Regulations for the medical services of the Army of India
Year: 1930
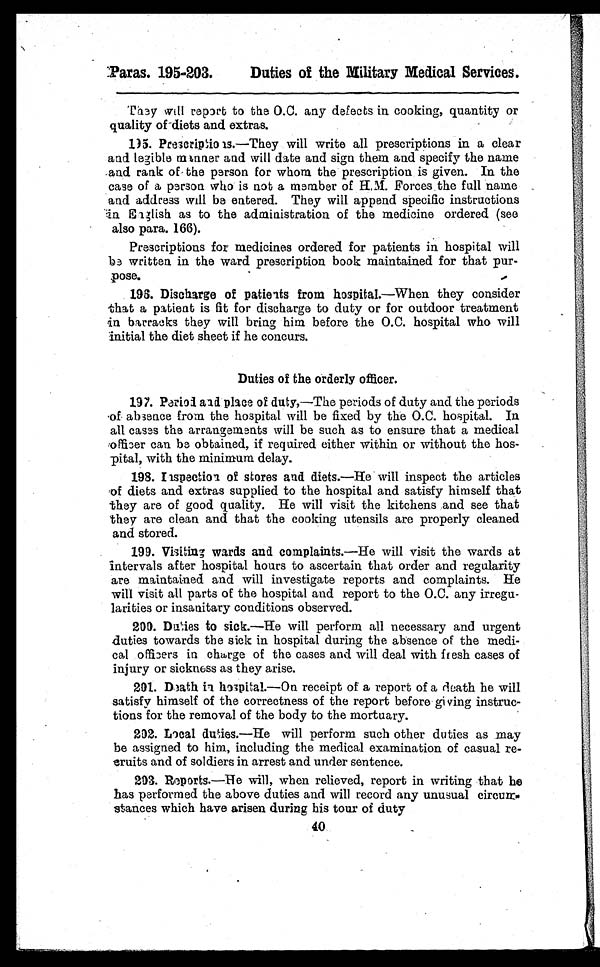
They will report to the O.C. any defects in cooking, quantity or
quality of diets and extras.
195. Prescriptions. —They will write all prescriptions in a clear
and legible manner and will date and sign them and specify the name
and rank of the person for whom the prescription is given. In the
case of a person who is not a member of H.M. Forces the full name
and address will be entered. They will append specific instructions
in English as to the administration of the medicine ordered (see
also para. 166).
Prescriptions for medicines ordered for patients in hospital will
be written in the ward prescription book maintained for that pur
-pose.
196. Discharge of patients from hospital.—When they consider
that a patient is fit for discharge to duty or for outdoor treatment
in barracks they will bring him before the O.C. hospital who will
initial the diet sheet if he concurs.
Duties of the orderly officer.
197. Period and place of duty,—The periods of duty and the periods
of absence from the hospital will be fixed by the O.C. hospital. In
all cases the arrangements will be such as to ensure that a medical
officer can be obtained, if required either within or without the hos
-pital, with the minimum delay.
198. Inspection of stores and diets. —He will inspect the articles
of diets and extras supplied to the hospital and satisfy himself that
they are of good quality. He will visit the kitchens and see that
they are clean and that the cooking utensils are properly cleaned
and stored.
199. Visiting wards and complaints. —He will visit the wards at
intervals after hospital hours to ascertain that order and regularity
are maintained and will investigate reports and complaints. He
will visit all parts of the hospital and report to the O.C. any irregu
-larities or insanitary conditions observed.
200. Duties to sick.—He will perform all necessary and urgent
duties towards the sick in hospital during the absence of the medi
-cal officers in charge of the cases and will deal with fresh cases of
injury or sickness as they arise.
201. Death in hospital.— O n r e c e i p t o f
a r e p o r t
o f a d e a t h h e w i l l
satisfy himself of the correctness of the report before giving instruc
-tions for the removal of the body to the mortuary.
202. Local duties.—He will perform such other duties as may
be assigned to him, including the medical examination of casual re-
eruits and of soldiers in arrest and under sentence.
203. Reports.—He will, when relieved, report in writing that he
has performed the above duties and will record any unusual circum-
stances which have arisen during his tour of duty
40